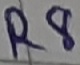
Text: R8